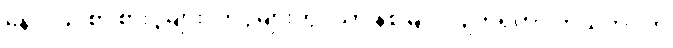
နေ့လယ် စာ စားပွဲများ၊ ကပွဲများတွင်သာ နစ်မြုပ်လျက်ရှိကာ ကိုယ့်ဘဝကို